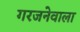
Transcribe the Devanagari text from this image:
गरजनेवाला